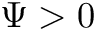
\Psi > 0